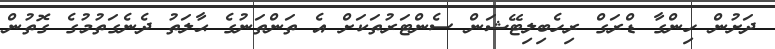
ދަށުން ހިންގާ ޑްރަގް ރިހެބިލިޓޭޝަން ސެންޓަރުތަކަށް އެ ތަންތަނުގެ ޙާލަތު ދެނެގަތުމުގެ ގޮތުން